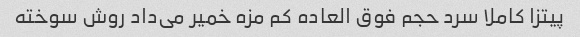
پیتزا کاملا سرد حجم فوق العاده کم مزه خمیر می‌داد روش سوخته